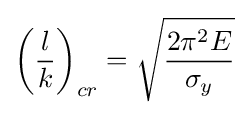
\left({\frac {l}{k}}\right)_{cr}={\sqrt {2\pi ^{2}E \over \sigma _{y}}}